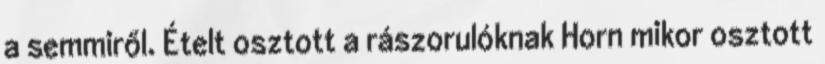
a semmiről. Ételt osztott a rászorulóknak Horn mikor osztott